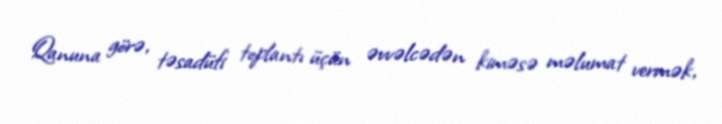
Qanuna görə, təsadüfi toplantı üçün əvvəlcədən kiməsə məlumat vermək,